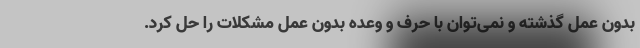
بدون عمل گذشته و نمی‌توان با حرف و وعده بدون عمل مشکلات را حل کرد.